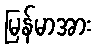
မြန်မာအား